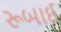
રૂબાઈ